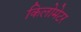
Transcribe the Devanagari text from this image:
किलोमेटर